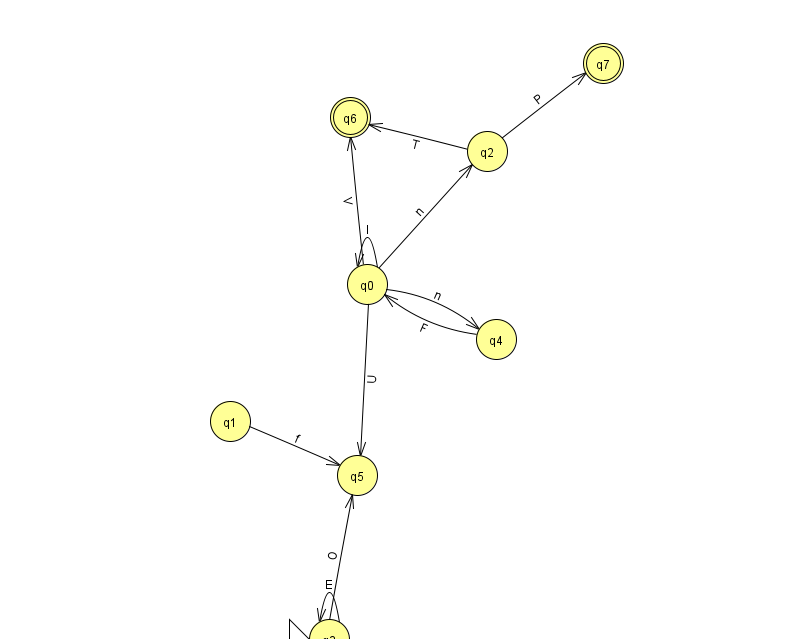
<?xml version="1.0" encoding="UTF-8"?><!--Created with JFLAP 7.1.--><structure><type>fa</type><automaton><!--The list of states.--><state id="0" name="q0"><x>367.0</x><y>271.0</y></state><state id="1" name="q1"><x>230.0</x><y>408.0</y></state><state id="2" name="q2"><x>487.0</x><y>138.0</y></state><state id="3" name="q3"><x>329.0</x><y>626.0</y><initial/></state><state id="4" name="q4"><x>496.0</x><y>326.0</y></state><state id="5" name="q5"><x>357.0</x><y>462.0</y></state><state id="6" name="q6"><x>350.0</x><y>104.0</y><final/></state><state id="7" name="q7"><x>603.0</x><y>50.0</y><final/></state><!--The list of transitions.--><transition><from>4</from><to>0</to><read>F</read></transition><transition><from>3</from><to>3</to><read>E</read></transition><transition><from>0</from><to>0</to><read>I</read></transition><transition><from>0</from><to>5</to><read>U</read></transition><transition><from>0</from><to>2</to><read>n</read></transition><transition><from>0</from><to>4</to><read>n</read></transition><transition><from>0</from><to>6</to><read>V</read></transition><transition><from>2</from><to>7</to><read>P</read></transition><transition><from>1</from><to>5</to><read>f</read></transition><transition><from>2</from><to>6</to><read>T</read></transition><transition><from>3</from><to>5</to><read>O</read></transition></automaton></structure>